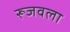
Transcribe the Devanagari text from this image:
रूजवला